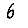
Digit: 6